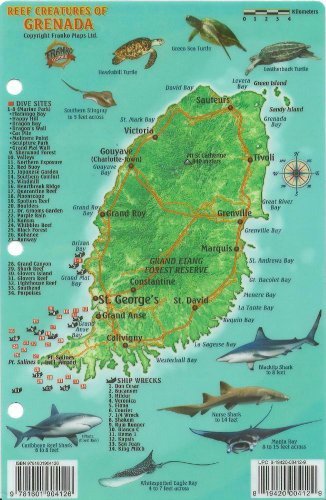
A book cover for Grenada Dive Map & Reef Creatures Guide Franko Maps Laminated Fish Card by Franko Maps Ltd. (June 14,2013); Franko Maps Ltd.; Travel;